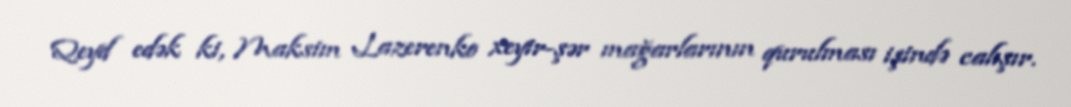
Qeyd edək ki, Maksim Lazerenko xeyir-şər mağarlarının qurulması işində calışır.